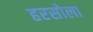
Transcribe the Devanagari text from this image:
हरसोला